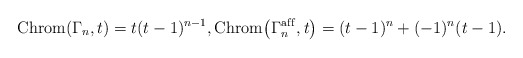
\begin{gather*}{\rm Chrom}(\Gamma_n,t)= t (t-1)^{n-1}, {\rm Chrom}\big (\Gamma_n^{\rm af\/f},t\big)=(t-1)^n+(-1)^n (t-1).\end{gather*}